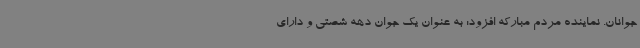
جوانان. نماینده مردم مبارکه افزود: به عنوان یک جوان دهه شصتی و دارای